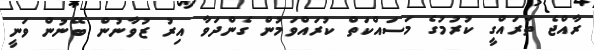
ރާއްޖެ ތަރައްގީ ކުރުމުގެ މަސައްކަތް ކުރައްވަމުން ގެންދަވާ އިރު ޒުވާނުން ބޭނުން ވަނީ